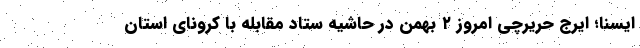
ایسنا؛ ایرج حریرچی امروز ۲ بهمن در حاشیه ستاد مقابله با کرونای استان